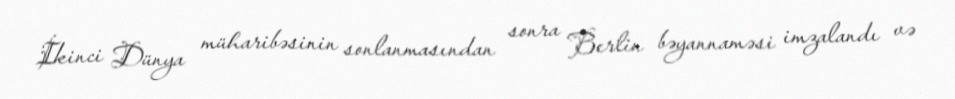
İkinci Dünya müharibəsinin sonlanmasından sonra Berlin bəyannaməsi imzalandı və